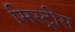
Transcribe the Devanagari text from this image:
मिस्ट्रीस